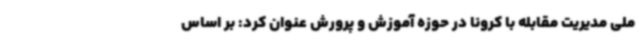
ملی مدیریت مقابله با کرونا در حوزه آموزش و پرورش عنوان کرد: بر اساس